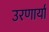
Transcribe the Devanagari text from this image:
उरणार्या